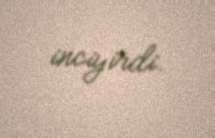
inciyirdi.